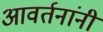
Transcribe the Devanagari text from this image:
आवर्तनांनी